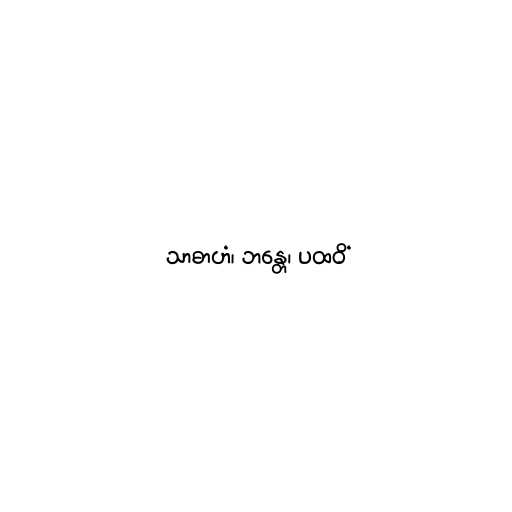
သာဓာဟံ၊ ဘန္တေ၊ ပထဝိံ